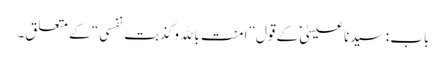
باب : سیدنا عیسیٰؑ کے قول ”امنت بالله وکذبت نفسی“ کے متعلق۔